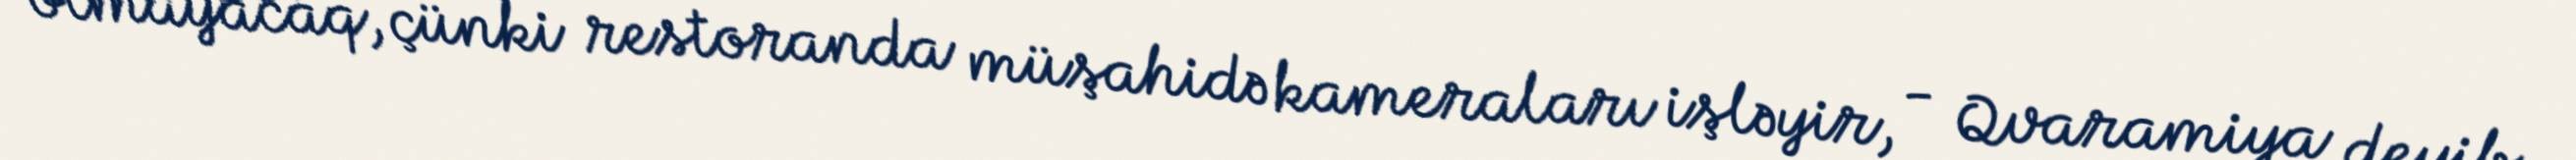
olmayacaq, çünki restoranda müşahidə kameraları işləyir, - Qvaramiya deyib.